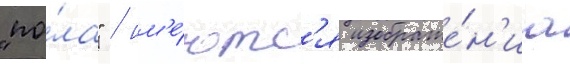
"по́ла" / им'е́ютс'я изображе́н'иа